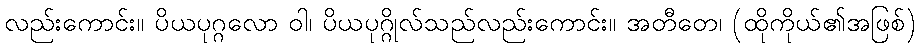
လည်းကောင်း။ ပိယပုဂ္ဂလော ဝါ၊ ပိယပုဂ္ဂိုလ်သည်လည်းကောင်း။ အတီတေ၊ (ထိုကိုယ်၏အဖြစ်)